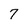
Character: 7